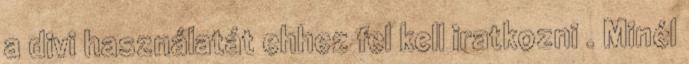
a divi használatát ehhez fel kell iratkozni . Minél